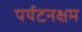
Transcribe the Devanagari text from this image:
पर्यटनक्षम